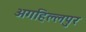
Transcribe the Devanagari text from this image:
अगहिल्लपुर